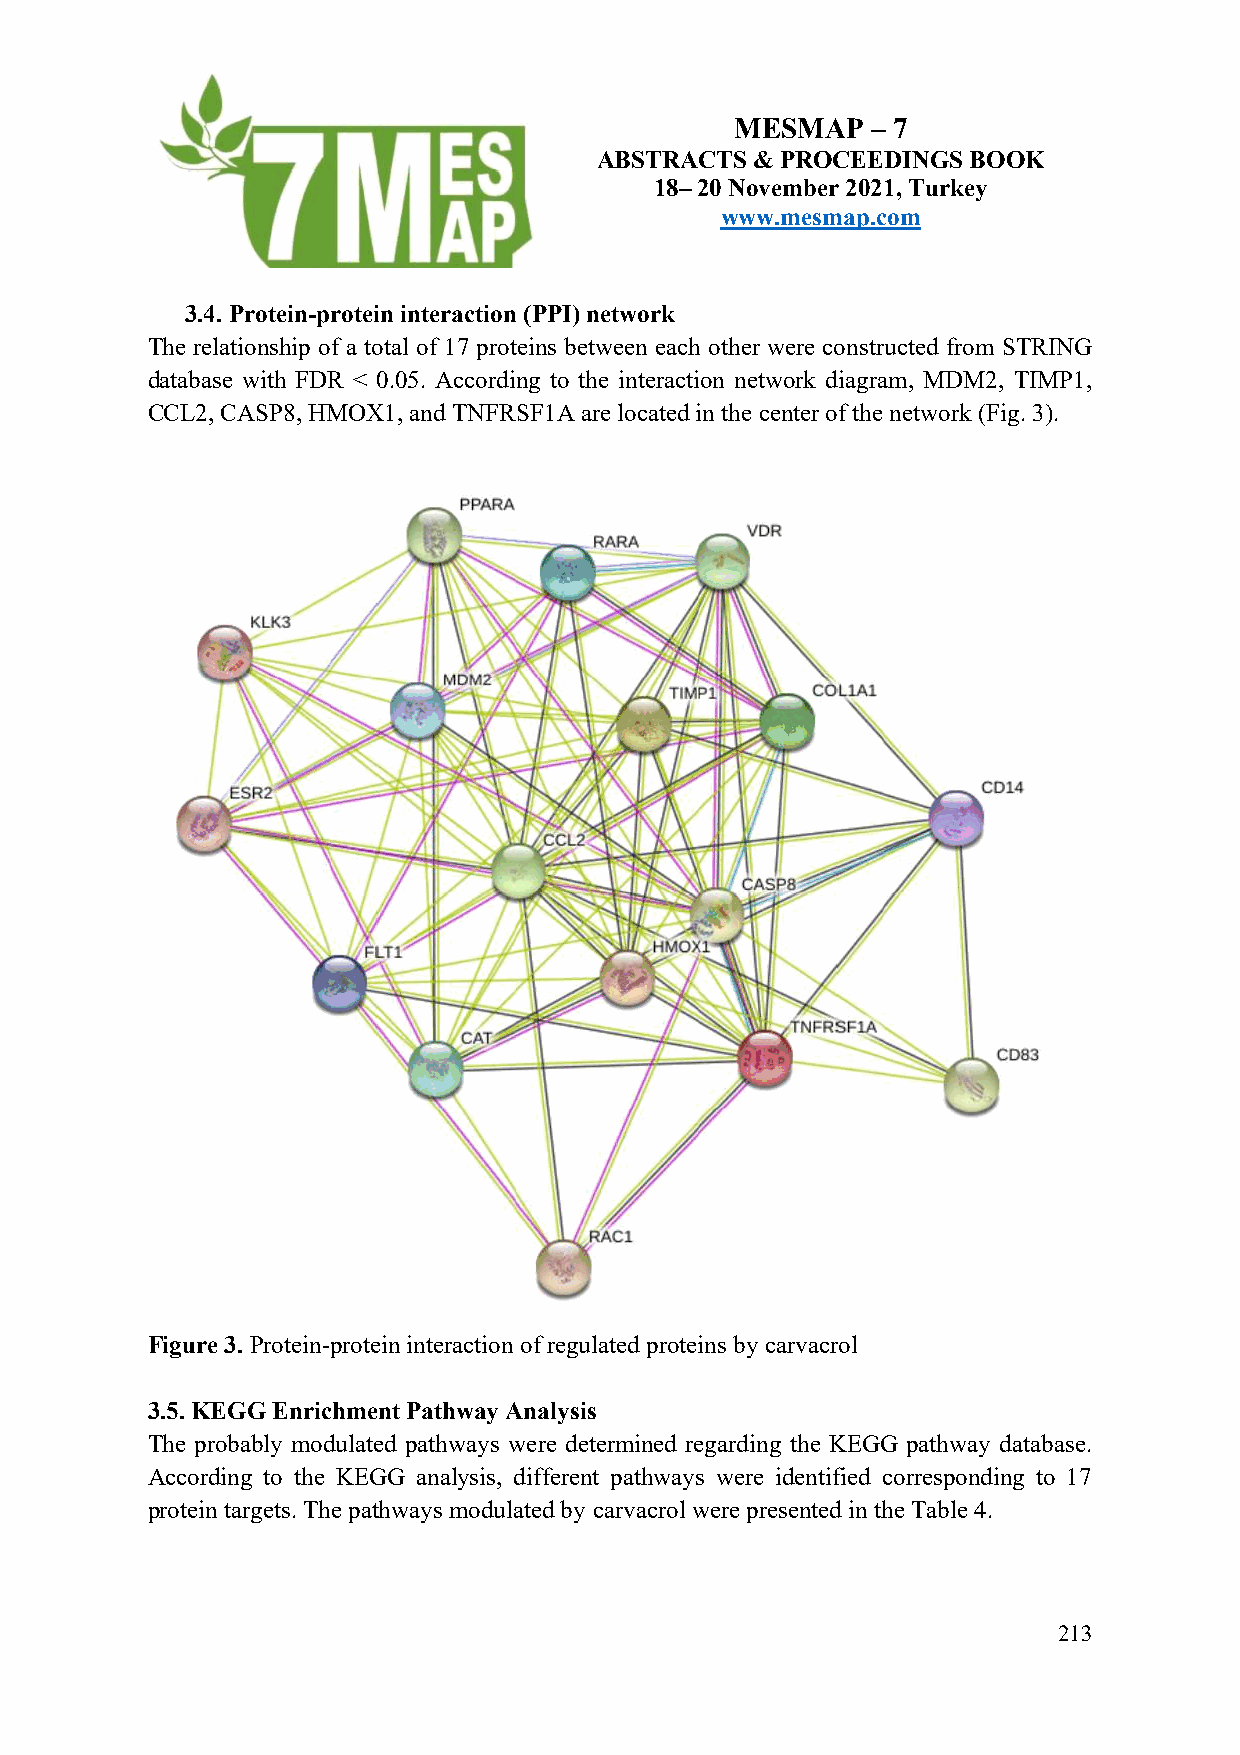
MESMAP   – 7
 ABSTRACTS  & PROCEEDINGS BOOK
 18– 20 November 2021, Turkey
 www.mesmap.com
 3.4. Protein-protein interaction (PPI) network
 The relationship of a total of 17 proteins between each other were constructed from STRING
 database with FDR < 0.05. According to the interaction network diagram, MDM2, TIMP1,
 CCL2, CASP8, HMOX1, and TNFRSF1A are located in the center of the network (Fig. 3).
 Figure 3. Protein-protein interaction of regulated proteins by carvacrol
 3.5. KEGG Enrichment Pathway Analysis
 The probably modulated pathways were determined regarding the KEGG pathway database.
 According to the KEGG analysis, different pathways were identified corresponding to 17
 protein targets. The pathways modulated by carvacrol were presented in the Table 4.
 213